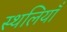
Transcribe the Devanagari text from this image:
स्थलियाँ